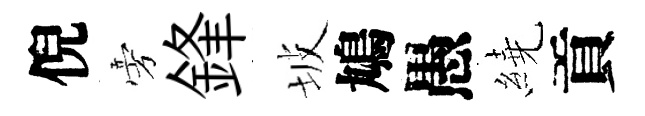
倪旁鋒坡鳩愚繞貢